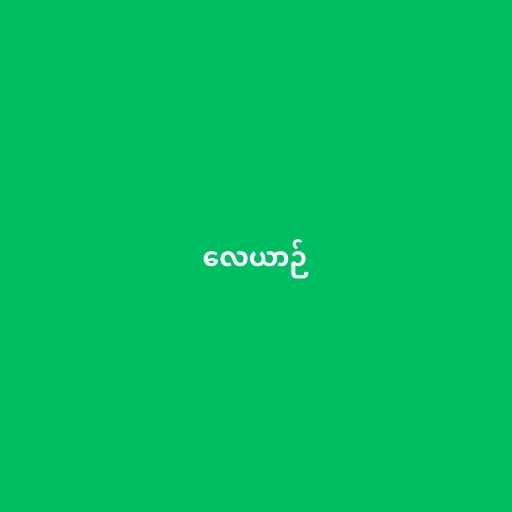
လေယာဉ်